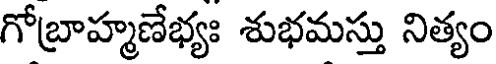
గోబ్రాహ్మణేభ్యః శుభమస్తు నిత్యం